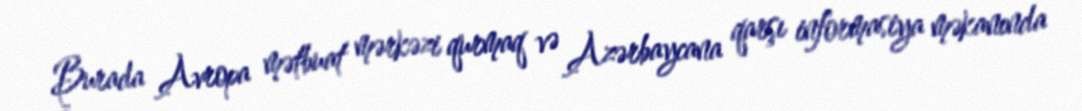
Burada Avropa mətbuat mərkəzi qurmaq və Azərbaycana qarşı informasiya məkanında